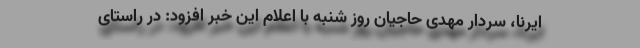
ایرنا، سردار مهدی حاجیان روز شنبه با اعلام این خبر افزود: در راستای